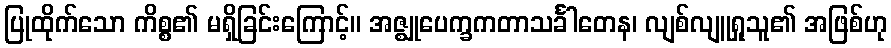
ပြုထိုက်သော ကိစ္စ၏ မရှိခြင်းကြောင့်။ အဇ္ဈုပေက္ခကတာသင်္ခါတေန၊ လျစ်လျူရှုသူ၏ အဖြစ်ဟု